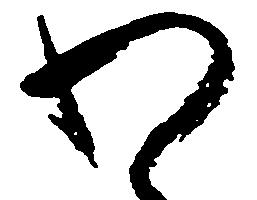
わ